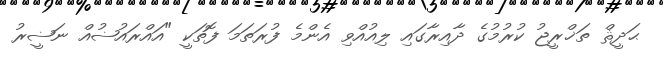
ޙަދީޘް ތަޚްރީޖު ކުރުމުގެ ދާއިރާގައި ލިއުއްވި އެންމެ ފުރަތަމަ ފޮތަކީ "އައްރައުޟުއް ނަޟީރު